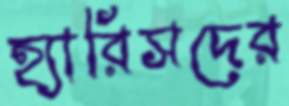
হ্যারিসদের